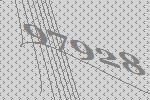
97928